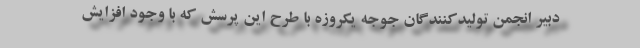
دبیر انجمن تولیدکنندگان جوجه یکروزه با طرح این پرسش که با وجود افزایش